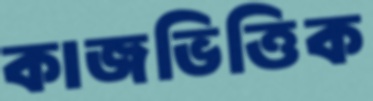
কাজভিত্তিক